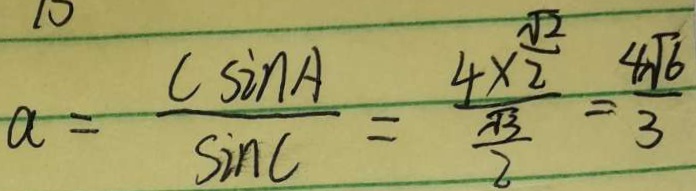
a = \frac { C \sin A } { \sin C } = \frac { 4 \times \frac { \sqrt { 2 } } { 2 } } { \frac { \sqrt { 3 } } { 2 } } = \frac { 4 \sqrt { 6 } } { 3 }